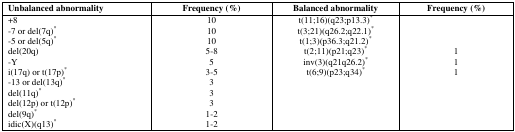
<table><thead><tr><td><b>Unbalanced abnormality</b></td><td><b>Frequency (%)</b></td><td><b>Balanced abnormality</b></td><td><b>Frequency (%)</b></td></tr></thead><tbody><tr><td>+8</td><td>10</td><td>t(11;16)(q23;p13.3)*</td><td></td></tr><tr><td>-7 or del(7q)*</td><td>10</td><td>t(3;21)(q26.2;q22.1)*</td><td></td></tr><tr><td>-5 or del(5q)*</td><td>10</td><td>t(1;3)(p36.3;q21.2)*</td><td></td></tr><tr><td>del(20q)</td><td>5–8</td><td>t(2;11)(p21;q23)*</td><td>1</td></tr><tr><td>-Y</td><td>5</td><td>inv(3)(q21q26.2)*</td><td>1</td></tr><tr><td>i(17q) or t(17p)*</td><td>3–5</td><td>t(6;9)(p23;q34)*</td><td>1</td></tr><tr><td>-13 or del(13q)*</td><td>3</td><td></td><td></td></tr><tr><td>del(11q)*</td><td>3</td><td></td><td></td></tr><tr><td>del(12p) or t(12p)*</td><td>3</td><td></td><td></td></tr><tr><td>del(9q)*</td><td>1–2</td><td></td><td></td></tr><tr><td>idic(X)(q13)*</td><td>1–2</td><td></td><td></td></tr></tbody></table>